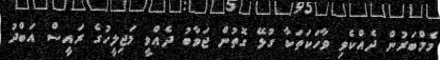
މެމްބަރުން ދެއްކެވި ވާހަކަތަކާ ގުޅޭ ގޮތުން ޖަވާބު ދެއްވީ މަޖިލީހުގެ ރައީސް އަބްދު